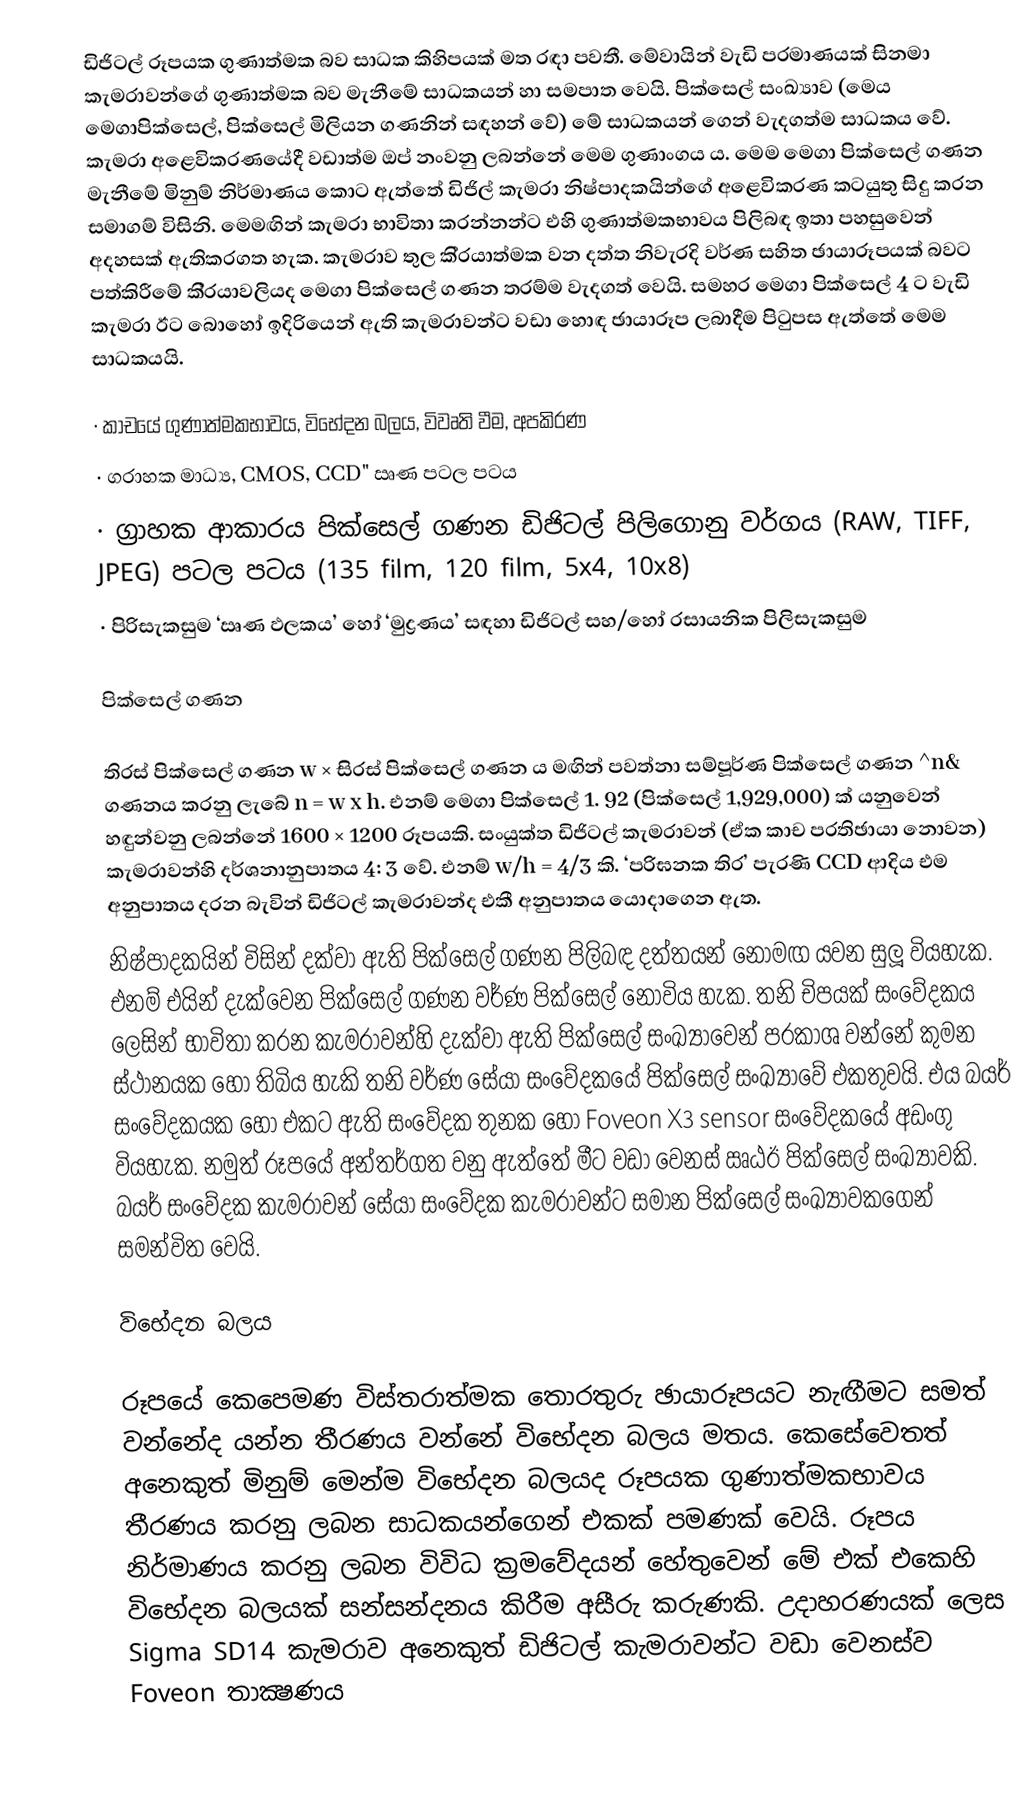
ඩිජිටල් රූපයක ගුණාත්මක බව සාධක කිහිපයක් මත රඳා පවතී. මේවායින් වැඩි ප‍්‍රමාණයක් සිනමා කැමරාවන්ගේ ගුණාත්මක බව මැනීමේ සාධකයන් හා සමපාත වෙයි. පික්සෙල් සංඛ්‍යාව (මෙය මෙගාපික්සෙල්, පික්සෙල් මිලියන ගණනින් සඳහන් වේ) මේ සාධකයන් ගෙන් වැදගත්ම සාධකය වේ. කැමරා අළෙවිකරණයේදී වඩාත්ම ඔප් නංවනු ලබන්නේ මෙම ගුණාංගය ය. මෙම මෙගා පික්සෙල් ගණන මැනීමේ මිනුම් නිර්මාණය කොට ඇත්තේ ඩිජිල් කැමරා නිෂ්පාදකයින්ගේ අළෙවිකරණ කටයුතු සිදු කරන සමාගම් විසිනි. මෙමඟින් කැමරා භාවිතා කරන්නන්ට එහි ගුණාත්මකභාවය පිලිබඳ ඉතා පහසුවෙන් අදහසක් ඇතිකරගත හැක. කැමරාව තුල කි‍්‍රයාත්මක වන දත්ත නිවැරදි වර්ණ සහිත ඡායාරූපයක් බවට පත්කිරීමේ කි‍්‍රයාවලියද මෙගා පික්සෙල් ගණන තරම්ම වැදගත් වෙයි. සමහර මෙගා පික්සෙල් 4 ට වැඩි කැමරා ඊට බොහෝ ඉදිරියෙන් ඇති කැමරාවන්ට වඩා හොඳ ඡායාරූප ලබාදීම පිටුපස ඇත්තේ මෙම සාධකයයි.

·	කාචයේ ගුණාත්මකභාවය, විභේදන බලය, විවෘති වීම, අපකිරණ
·	ග‍්‍රාහක මාධ්‍ය, CMOS, CCD" ඍණ පටල පටය
·	ග‍්‍රාහක ආකාරය පික්සෙල් ගණන ඩිජිටල් පිලිගොනු වර්ගය (RAW, TIFF, JPEG) පටල පටය (135 film, 120 film, 5x4, 10x8)
·	පිරිසැකසුම ‘ඍණ ඵලකය’ හෝ ‘මුද්‍රණය’ සඳහා ඩිජිටල් සහ/හෝ රසායනික පිලිසැකසුම

පික්සෙල් ගණන

තිරස් පික්සෙල් ගණන w × සිරස් පික්සෙල් ගණන ය මඟින් පවත්නා සම්පූර්ණ පික්සෙල් ගණන ^n& ගණනය කරනු ලැබේ n = w x h. එනම් මෙගා පික්සෙල් 1. 92 (පික්සෙල් 1,929,000) ක් යනුවෙන් හඳුන්වනු ලබන්නේ 1600 × 1200 රූපයකි. සංයුක්ත ඩිජිටල් කැමරාවන් (ඒක කාච ප‍්‍රතිඡායා නොවන) කැමරාවන්හි දර්ශනානුපාතය 4: 3 වේ. එනම් w/h = 4/3 කි. ‘පරිඝනක තිර’ පැරණි CCD ආදිය එම අනුපාතය දරන බැවින් ඩිජිටල් කැමරාවන්ද එකී අනුපාතය යොදාගෙන ඇත.
නිෂ්පාදකයින් විසින් දක්වා ඇති පික්සෙල් ගණන පිලිබඳ දත්තයන් නොමඟ යවන සුලූ වියහැක. එනම් එයින් දැක්වෙන පික්සෙල් ගණන වර්ණ පික්සෙල් නොවිය හැක. තනි චිපයක් සංවේදකය ලෙසින් භාවිතා කරන කැමරාවන්හි දැක්වා ඇති පික්සෙල් සංඛ්‍යාවෙන් ප‍්‍රකාශ වන්නේ කුමන ස්ථානයක හෝ තිබිය හැකි තනි වර්ණ සේයා සංවේදකයේ පික්සෙල් සංඛ්‍යාවේ එකතුවයි. එය බයර් සංවේදකයක හෝ එකට ඇති සංවේදක තුනක හෝ Foveon X3 sensor සංවේදකයේ අඩංගු වියහැක. නමුත් රූපයේ අන්තර්ගත වනු ඇත්තේ මීට වඩා වෙනස් ඍඨඊ පික්සෙල් සංඛ්‍යාවකි. බයර් සංවේදක කැමරාවන් සේයා සංවේදක කැමරාවන්ට සමාන පික්සෙල් සංඛ්‍යාවකගෙන් සමන්විත වෙයි.

විභේදන බලය

රූපයේ කෙපෙමණ විස්තරාත්මක තොරතුරු ඡායාරූපයට නැඟීමට සමත් වන්නේද යන්න තීරණය වන්නේ විභේදන බලය මතය. කෙසේවෙතත් අනෙකුත් මිනුම් මෙන්ම විභේදන බලයද රූපයක ගුණාත්මකභාවය තීරණය කරනු ලබන සාධකයන්ගෙන් එකක් පමණක් වෙයි. රූපය නිර්මාණය කරනු ලබන විවිධ ක‍්‍රමවේදයන් හේතුවෙන් මේ එක් එකෙහි විභේදන බලයක් සන්සන්දනය කිරීම අසීරු කරුණකි. උදාහරණයක් ලෙස Sigma SD14 කැමරාව අනෙකුත් ඩිජිටල් කැමරාවන්ට වඩා වෙනස්ව Foveon  තාක්‍ෂණය